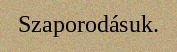
Szaporodásuk.